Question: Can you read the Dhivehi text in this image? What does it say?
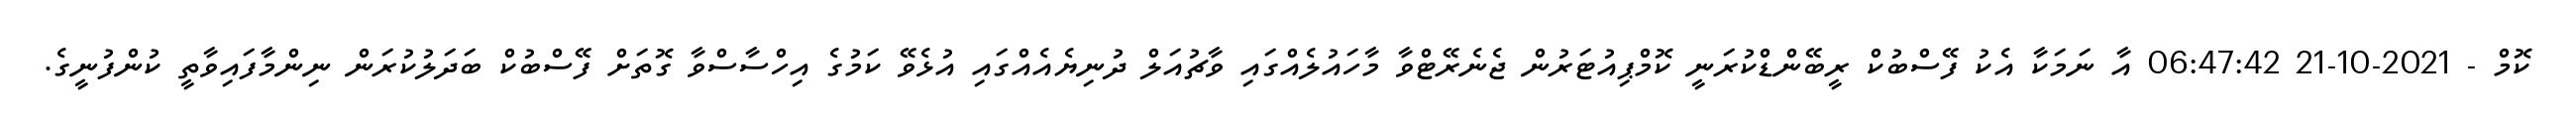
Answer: ކޮމް - 2021-10-21 06:47:42 އާ ނަމަކާ އެކު ފޭސްބުކް ރީބޭންޑްކުރަނީ ކޮމްޕިއުޓަރުން ޖެނެރޭޓްވާ މާހައުލެއްގައި ވާޗުއަލް ދުނިޔެއެއްގައި އުޅެވޭ ކަމުގެ އިހްސާސްވާ ގޮތަށް ފޭސްބުކް ބަދަލުކުރަން ނިންމާފައިވާތީ ކުންފުނީގެ.